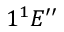
1 ^ { 1 } E ^ { \prime \prime }